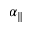
\alpha _ { \parallel }